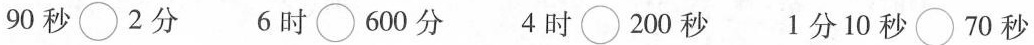
90秒\bigcirc 2分 6时\bigcirc 600分 4时\bigcirc 200秒 1分10秒\bigcirc 70秒